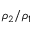
\rho _ { 2 } / \rho _ { 1 }